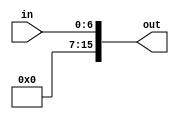
module MOV_n (in, out);
output [15:0] out;
input [6:0] in;

assign out = in;

endmodule